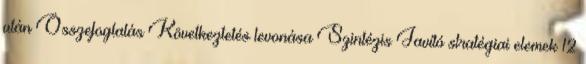
után Összefoglalás Következtetés levonása Szintézis Javító stratégiai elemek 12